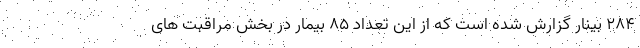
۲۸۴ بینار گزارش شده است که از این تعداد ۸۵ بیمار در بخش مراقبت های